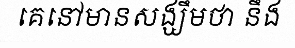
គេនៅមានសង្ឃឹមថា នឹង